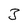
Character: 3